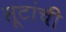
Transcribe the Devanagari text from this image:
सूटांची